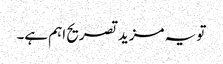
تو یہ مزید تصریح اہم ہے۔